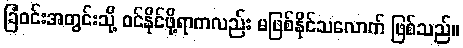
ခြံဝင်းအတွင်းသို့ ဝင်နိုင်ဖို့ရာကလည်း မဖြစ်နိုင်သလောက် ဖြစ်သည်။